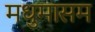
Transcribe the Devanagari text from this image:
मधुमासम